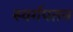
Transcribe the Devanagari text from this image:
स्वर्गपतन